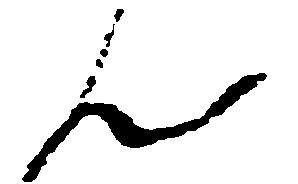
ん